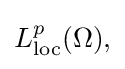
{\textstyle L_{\mathrm {loc} }^{p}(\Omega ),}